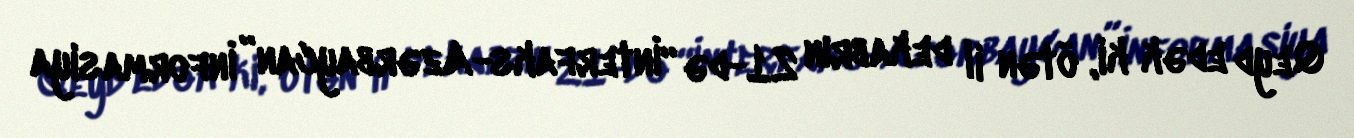
Qeyd edək ki, ötən il dekabrın 21-də “İnterfaks-Azərbaycan” İnformasiya